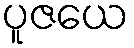
ပူဇယေ